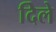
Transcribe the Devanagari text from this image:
दिेले